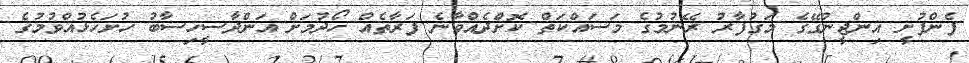
ފެންފުށީ އިންޖީނުގޭގެ މަގުފާރު ރޭނުމުގެ މަސައްކަތް ކޮށްދެއްވާނެ ފަރާތެއް ހޯދުމަށް އަންދާސީހިސާބު ހުށަހެޅުއްވުމުގެ